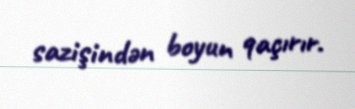
sazişindən boyun qaçırır.